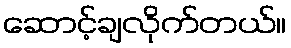
ဆောင့်ချလိုက်တယ်။